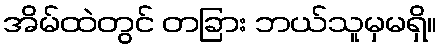
အိမ်ထဲတွင် တခြား ဘယ်သူမှမရှိ။